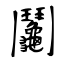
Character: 鬮